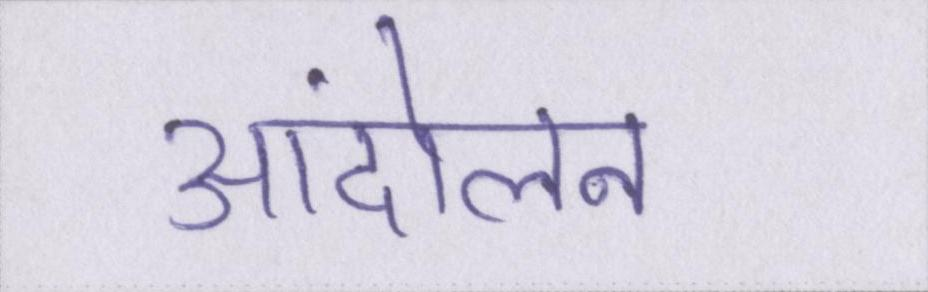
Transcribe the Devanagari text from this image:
आंदोलन